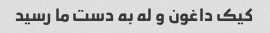
کیک داغون و له به دست ما رسید